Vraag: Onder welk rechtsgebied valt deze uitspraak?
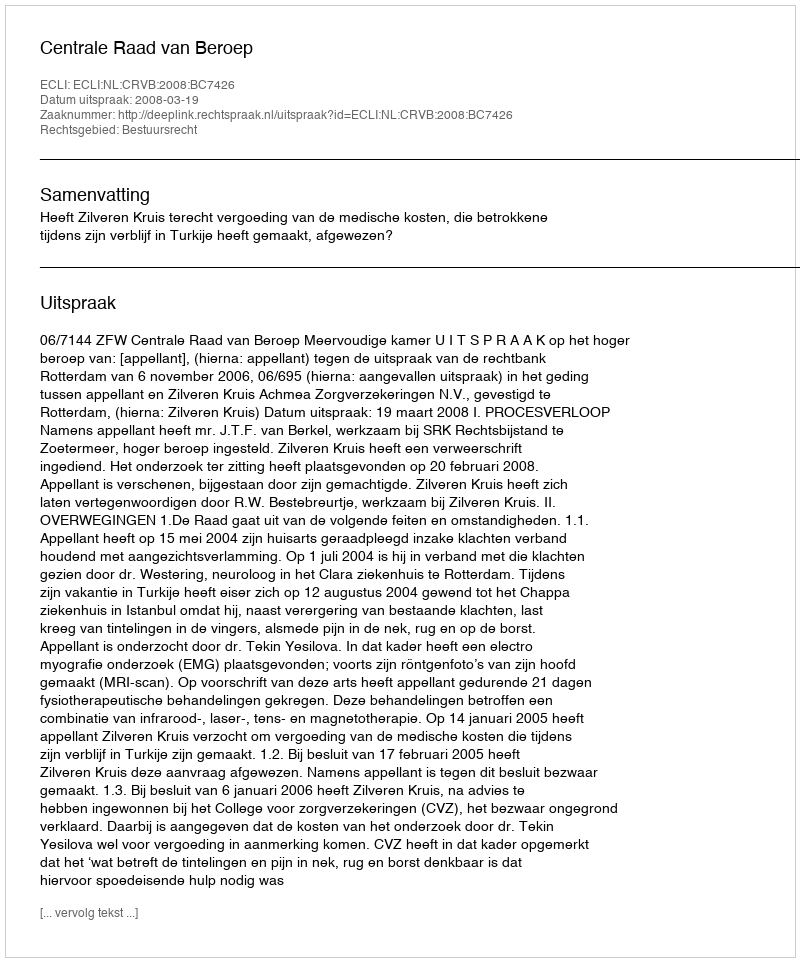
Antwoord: Bestuursrecht